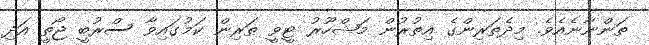
ތަންނާނެއެެވެ. މިދެތަރިންގެ އިތުރުން މަޝްހޫރު ޓީވީ ތަރިން ކަމުގައިވާ ސްރުބީ ޖޯތީ އަދި